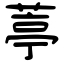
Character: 葶